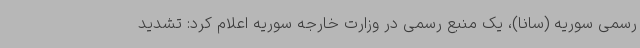
رسمی سوریه (سانا)، یک منبع رسمی در وزارت خارجه سوریه اعلام کرد: تشدید